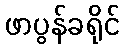
ဖာပွန်ခရိုင်